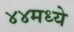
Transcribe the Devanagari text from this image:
४४मध्ये